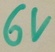
Text: 6V